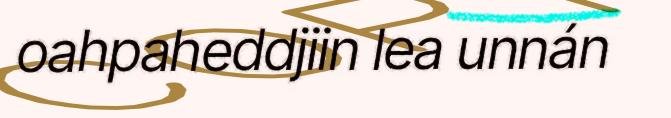
oahpaheddjiin lea unnán